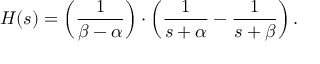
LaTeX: H ( s ) = \left( { \frac { 1 } { \beta - \alpha } } \right) \cdot \left( { \frac { 1 } { s + \alpha } } - { \frac { 1 } { s + \beta } } \right) .